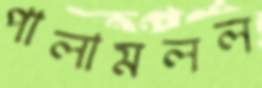
পালামলল